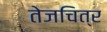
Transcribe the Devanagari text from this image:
तेजचित्र